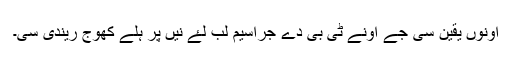
اونوں یقین سی جے اونے ٹی بی دے جراسیم لب لۓ نیں پر ہلے کھوج ریندی سی۔